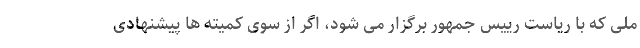
ملی که با ریاست رییس جمهور برگزار می شود، اگر از سوی کمیته ها پیشنهادی